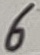
Text: 6